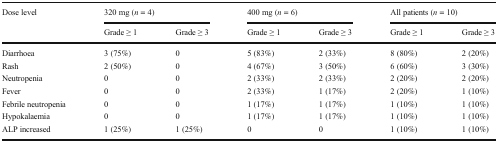
<table><thead><tr><td rowspan="2"><b>Dose level</b></td><td colspan="2"><b>320 mg (<i>n</i> = 4)</b></td><td colspan="2"><b>400 mg (<i>n</i> = 6)</b></td><td colspan="2"><b>All patients (<i>n</i> = 10)</b></td></tr><tr><td><b>Grade ≥ 1</b></td><td><b>Grade ≥ 3</b></td><td><b>Grade ≥ 1</b></td><td><b>Grade ≥ 3</b></td><td><b>Grade ≥ 1</b></td><td><b>Grade ≥ 3</b></td></tr></thead><tbody><tr><td>Diarrhoea</td><td>3 (75%)</td><td>0</td><td>5 (83%)</td><td>2 (33%)</td><td>8 (80%)</td><td>2 (20%)</td></tr><tr><td>Rash</td><td>2 (50%)</td><td>0</td><td>4 (67%)</td><td>3 (50%)</td><td>6 (60%)</td><td>3 (30%)</td></tr><tr><td>Neutropenia</td><td>0</td><td>0</td><td>2 (33%)</td><td>2 (33%)</td><td>2 (20%)</td><td>2 (20%)</td></tr><tr><td>Fever</td><td>0</td><td>0</td><td>2 (33%)</td><td>1 (17%)</td><td>2 (20%)</td><td>1 (10%)</td></tr><tr><td>Febrile neutropenia</td><td>0</td><td>0</td><td>1 (17%)</td><td>1 (17%)</td><td>1 (10%)</td><td>1 (10%)</td></tr><tr><td>Hypokalaemia</td><td>0</td><td>0</td><td>1 (17%)</td><td>1 (17%)</td><td>1 (10%)</td><td>1 (10%)</td></tr><tr><td>ALP increased</td><td>1 (25%)</td><td>1 (25%)</td><td>0</td><td>0</td><td>1 (10%)</td><td>1 (10%)</td></tr></tbody></table>